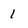
Character: I